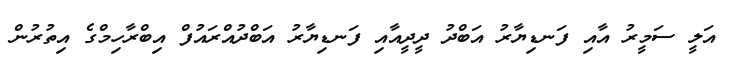
އަލީ ސަމީރު އާއި ފަނޑިޔާރު އަބްދު ދީދީއާއި ފަނޑިޔާރު އަބްދުއްރައުފް އިބްރާހިމްގެ އިތުރުން